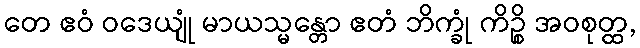
တေ ဧဝံ ဝဒေယျုံ မာယသ္မန္တော ဧတံ ဘိက္ခုံ ကိဉ္စိ အဝစုတ္ထ,